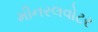
મીનરલવોટર